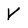
Character: V